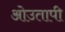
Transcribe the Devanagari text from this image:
ओउतापी